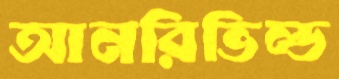
আনরিভিল্ড